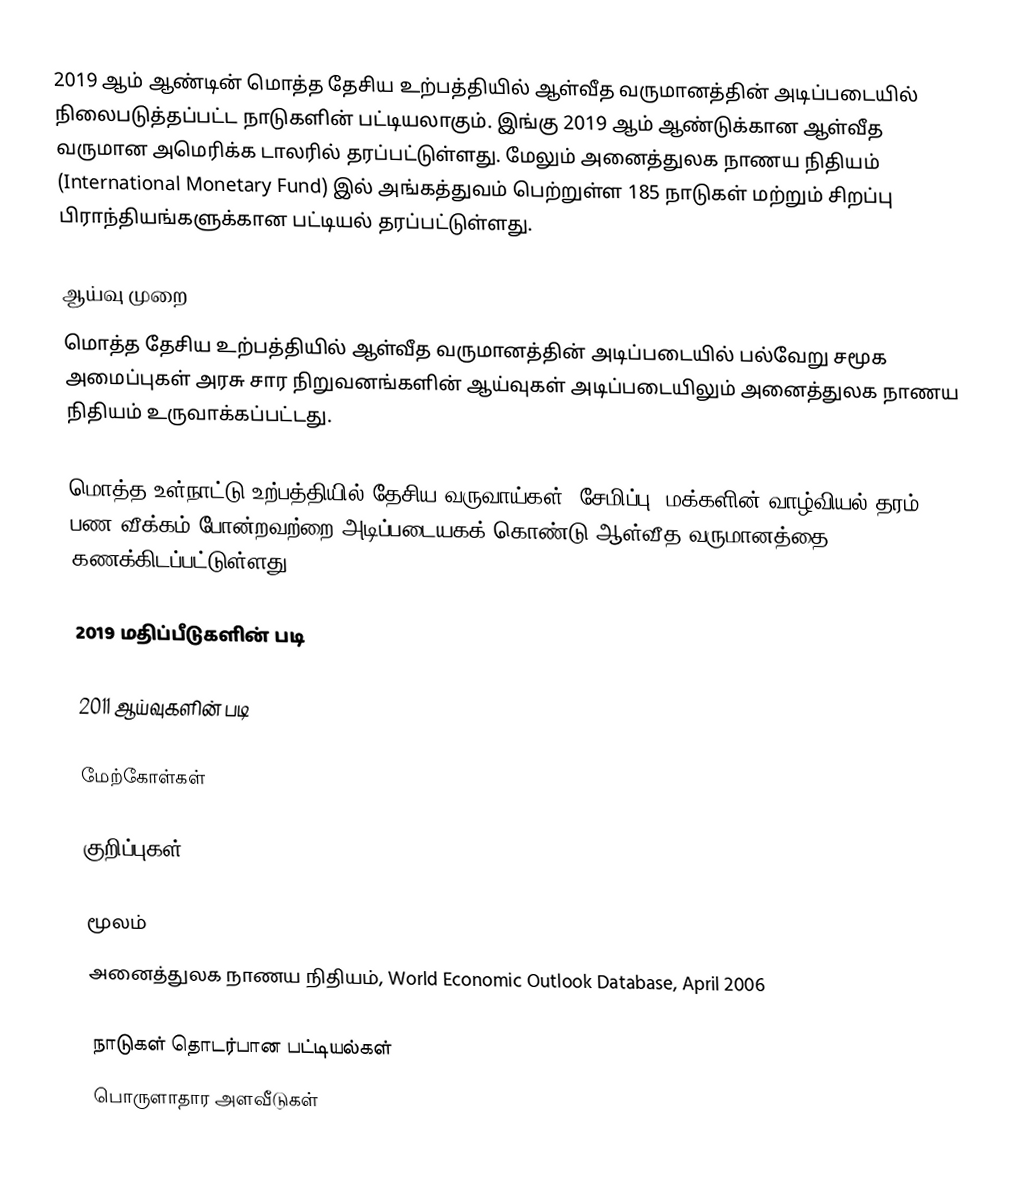
2019 ஆம் ஆண்டின் மொத்த தேசிய உற்பத்தியில் ஆள்வீத வருமானத்தின் அடிப்படையில் நிலைபடுத்தப்பட்ட நாடுகளின் பட்டியலாகும். இங்கு 2019 ஆம் ஆண்டுக்கான ஆள்வீத வருமான அமெரிக்க டாலரில் தரப்பட்டுள்ளது. மேலும் அனைத்துலக நாணய நிதியம் (International Monetary Fund) இல் அங்கத்துவம் பெற்றுள்ள 185 நாடுகள் மற்றும் சிறப்பு பிராந்தியங்களுக்கான பட்டியல் தரப்பட்டுள்ளது.

ஆய்வு முறை
மொத்த தேசிய உற்பத்தியில் ஆள்வீத வருமானத்தின் அடிப்படையில் பல்வேறு சமூக அமைப்புகள் அரசு சார நிறுவனங்களின் ஆய்வுகள் அடிப்படையிலும் அனைத்துலக நாணய நிதியம் உருவாக்கப்பட்டது.

மொத்த உள்நாட்டு உற்பத்தியில் தேசிய வருவாய்கள், சேமிப்பு, மக்களின் வாழ்வியல் தரம், பண வீக்கம் போன்றவற்றை அடிப்படையகக் கொண்டு ஆள்வீத வருமானத்தை கணக்கிடப்பட்டுள்ளது.

2019 மதிப்பீடுகளின் படி

2011 ஆய்வுகளின் படி

மேற்கோள்கள்

குறிப்புகள்

மூலம்
அனைத்துலக நாணய நிதியம், World Economic Outlook Database, April 2006

நாடுகள் தொடர்பான பட்டியல்கள்
பொருளாதார அளவீடுகள்